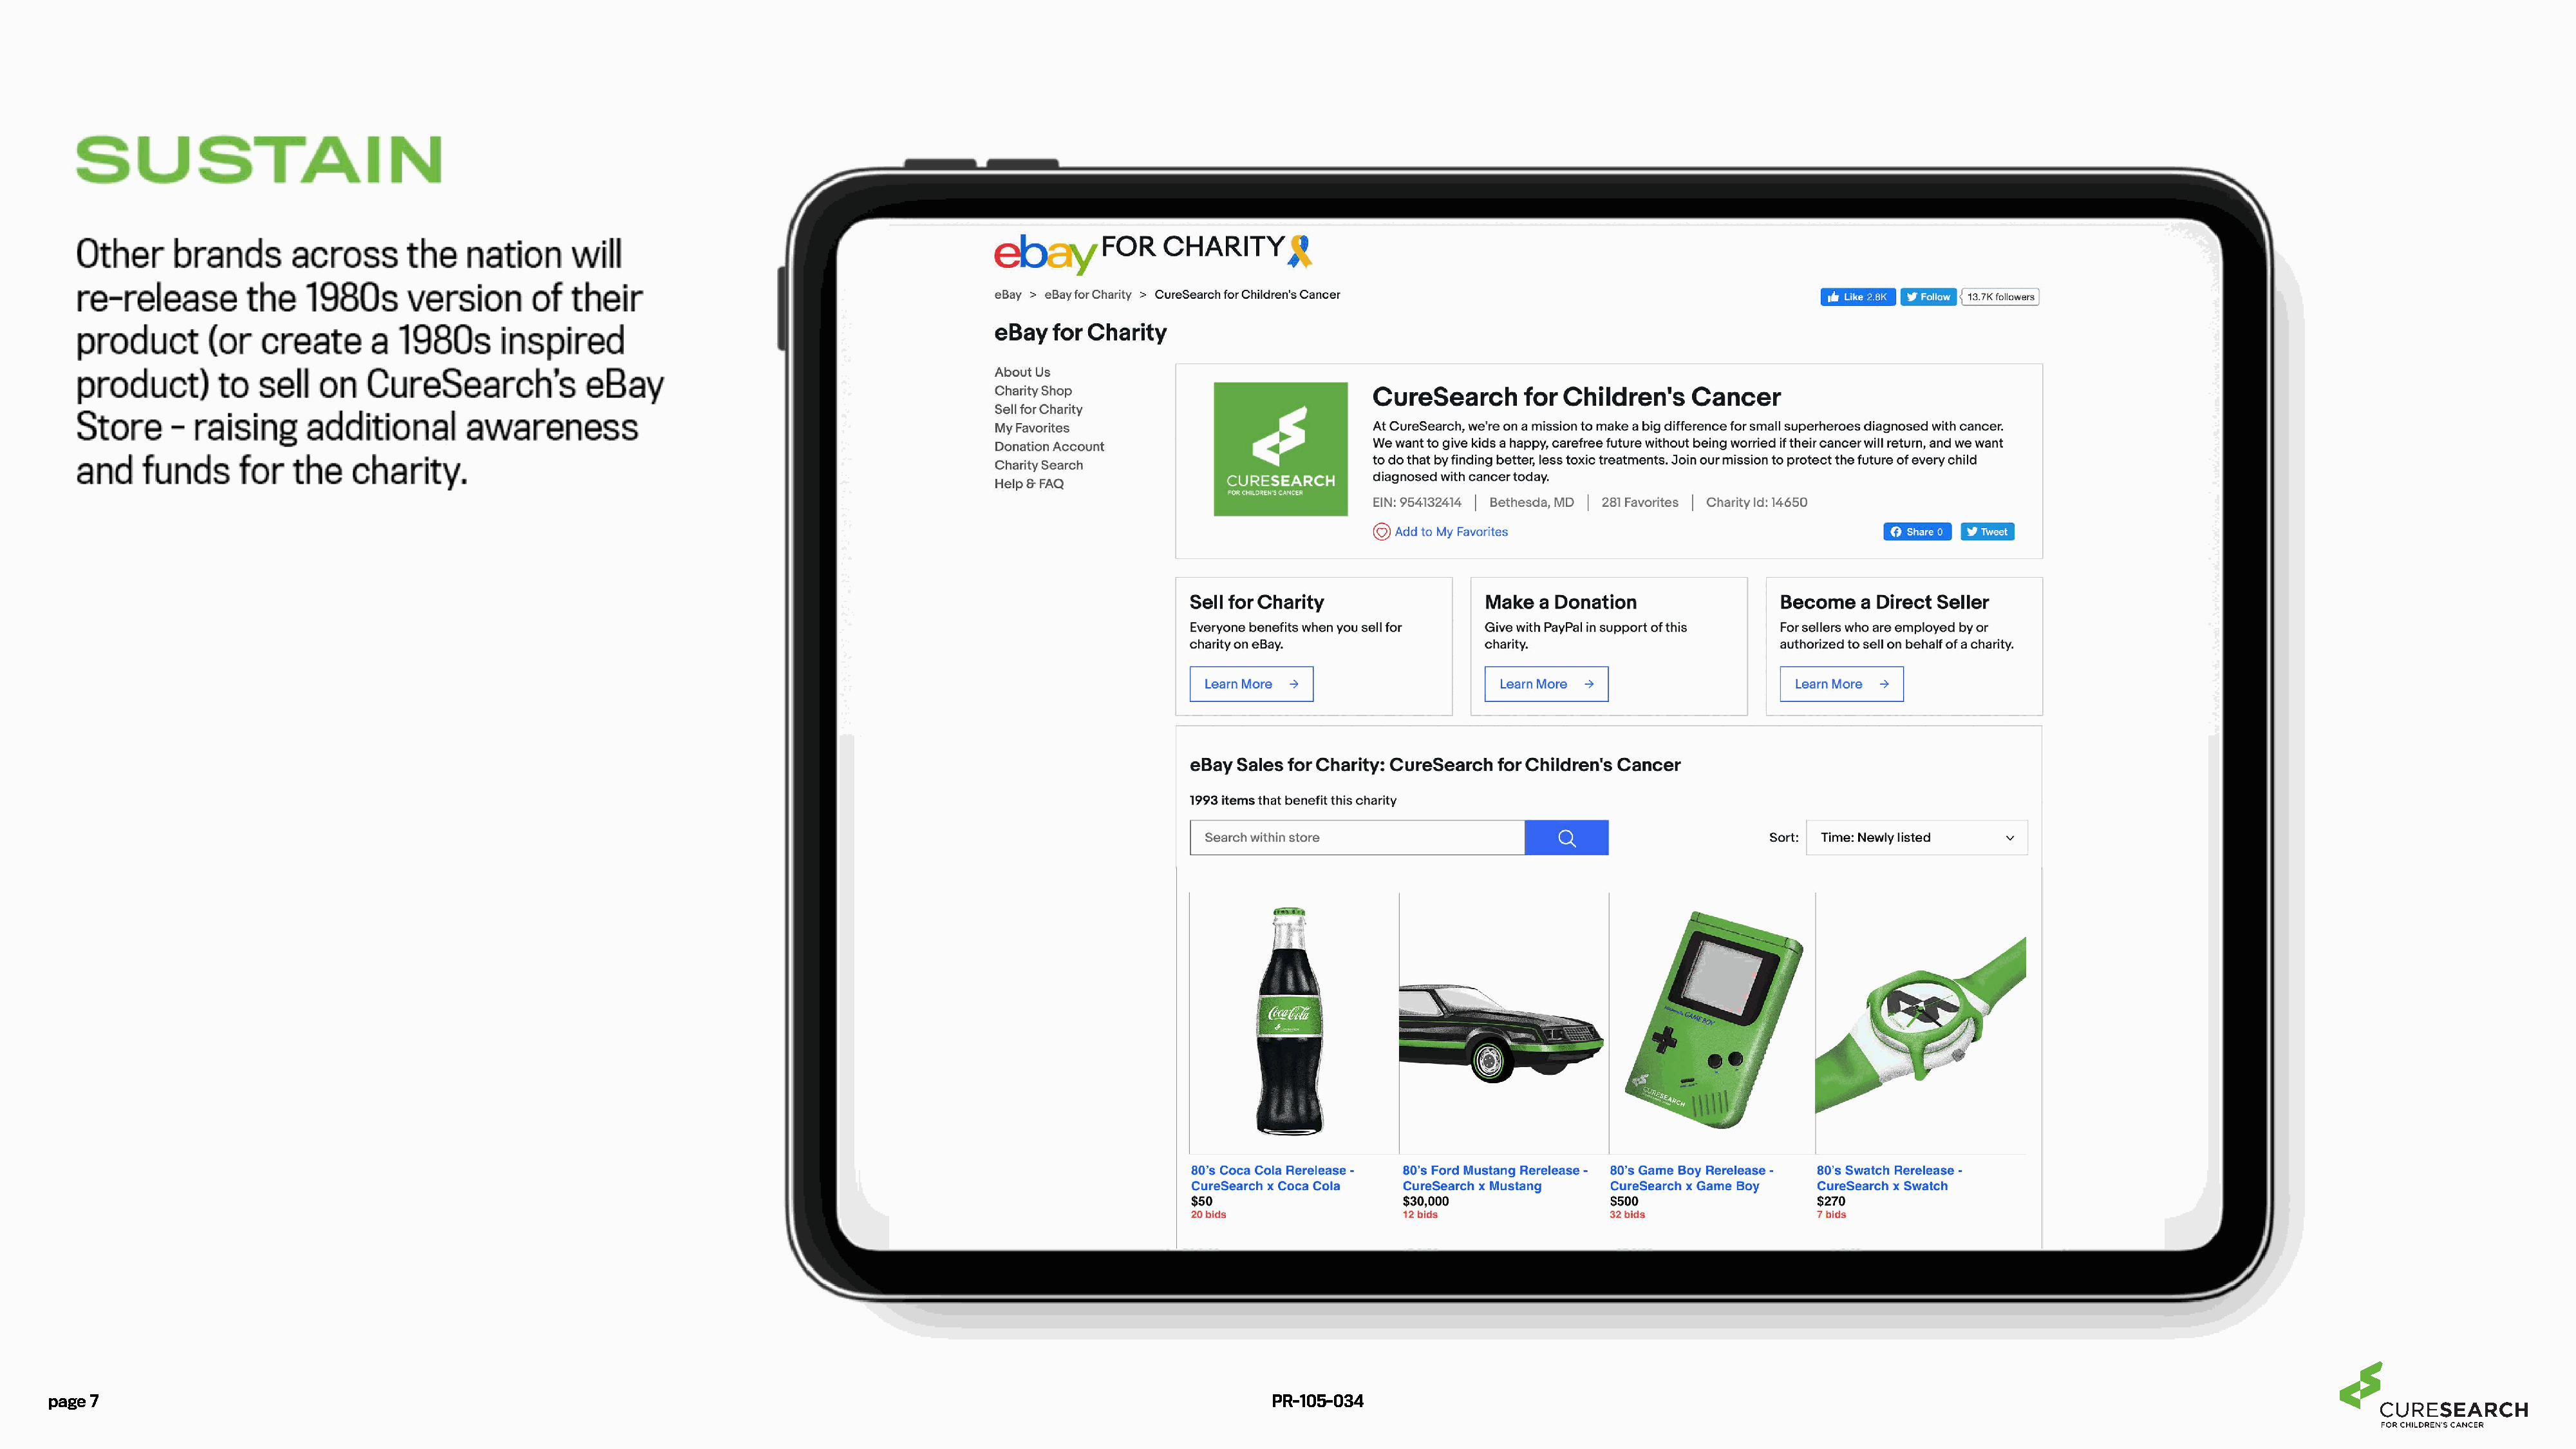
page 7                                                                                                                        PR-105-034